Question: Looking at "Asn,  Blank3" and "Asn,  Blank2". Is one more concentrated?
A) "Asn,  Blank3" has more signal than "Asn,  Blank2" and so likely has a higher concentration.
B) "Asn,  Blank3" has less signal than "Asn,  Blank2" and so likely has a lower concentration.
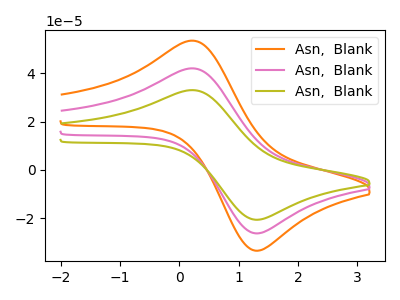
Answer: <think>The orange curve "Asn,  Blank1" has an anodic peak at (0.20V, 84.20uA) and a cathodic peak at (1.30V, -52.70uA). The pink curve "Asn,  Blank2" has an anodic peak at (0.20V, 42.10uA) and a cathodic peak at (1.30V, -26.35uA). The olive curve "Asn,  Blank3" has an anodic peak at (0.20V, 33.05uA) and a cathodic peak at (1.30V, -20.70uA).
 All the peaks in "Asn,  Blank3" have a peak in "Asn,  Blank2" at the same potential. Every peak in "Asn,  Blank3" is lower than every peak in "Asn,  Blank2".</think>
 <answer>B) "Asn,  Blank3" has less signal than "Asn,  Blank2" and so likely has a lower concentration.</answer>
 <eval>B</eval>